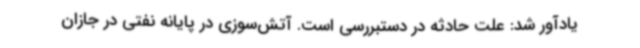
یادآور شد: علت حادثه در دستبررسی است. آتش‌سوزی در پایانه نفتی در جازان